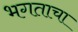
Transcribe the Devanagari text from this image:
भगताचा